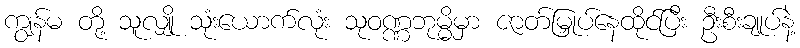
ကျွန်မ တို့ သူလျှို သုံးယောက်လုံး သုဝဏ္ဏဘုမ္မိမှာ ဇာတ်မြှုပ်နေထိုင်ပြီး ဦးစီးချုပ်နဲ့